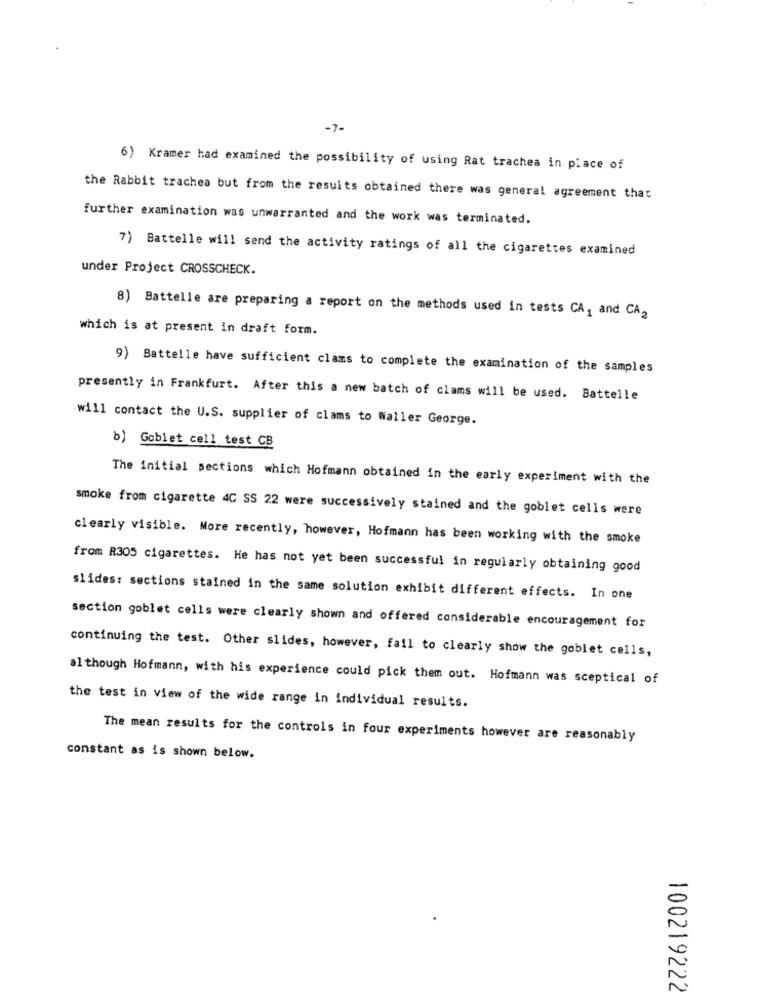
-7-
6) Kramer had examined the possibility of using Rat trachea in place of
the Rabbit trachea but from the results obtained there was general agreement that
further examination was unwarranted and the work was terminated.
7) Battelle will send the activity ratings of all the cigarettes examined
under Project CROSSCHECK.
8) Battelle are preparing a report on the methods used in tests CA, and CA2
which is at present in draft form.
9) Battelle have sufficient clams to complete the examination of the samples
presently in Frankfurt. After this a new batch of clams will be used. Battelle
will contact the U.S. supplier of clams to Waller George.
b) Goblet cell test CB
The initial sections which Hofmann obtained in the early experiment with the
smoke from cigarette 4C SS 22 were successively stained and the goblet cells were
clearly visible. More recently, however, Hofmann has been working with the smoke
from R305 cigarettes. He has not yet been successful in regularly obtaining good
slides: sections stained in the same solution exhibit different effects. In one
section goblet cells were clearly shown and offered considerable encouragement for
continuing the test. Other slides, however, fail to clearly show the goblet cells,
although Hofmann, with his experience could pick them out. Hofmann was sceptical of
the test in view of the wide range in individual results.
The mean results for the controls in four experiments however are reasonably
constant as is shown below.
100219222